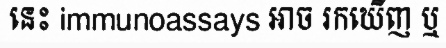
នេះ immunoassays អាច រកឃើញ ឬ